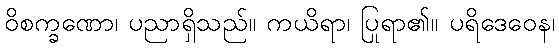
ဝိစက္ခဏော၊ ပညာရှိသည်။ ကယိရာ၊ ပြုရာ၏။ ပရိဒေဝေန၊